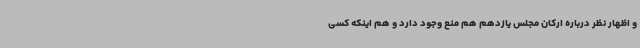
و اظهار نظر درباره ارکان مجلس یازدهم هم منع وجود دارد و هم اینکه کسی